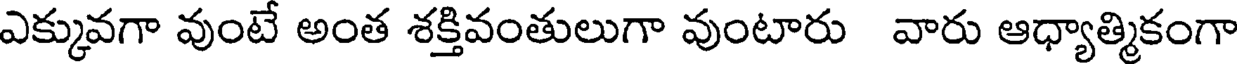
ఎక్కువగా వుంటే అంత శక్తివంతులుగా వుంటారు వారు ఆధ్యాత్మికంగా